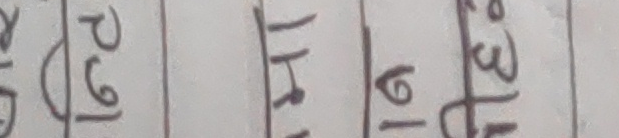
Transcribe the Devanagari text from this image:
२१ १५ १७ ३५